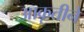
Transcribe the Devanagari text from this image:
आकृतीने